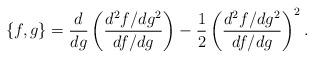
LaTeX: \begin{align*}\{f,g\} = \frac{d}{dg} \left( \frac{d^2f/dg^2}{df/dg} \right) - \frac{1}{2} \left(\frac{d^2f/dg^2}{df/dg} \right)^2.\end{align*}